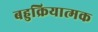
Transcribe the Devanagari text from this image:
बहुक्रियात्मक